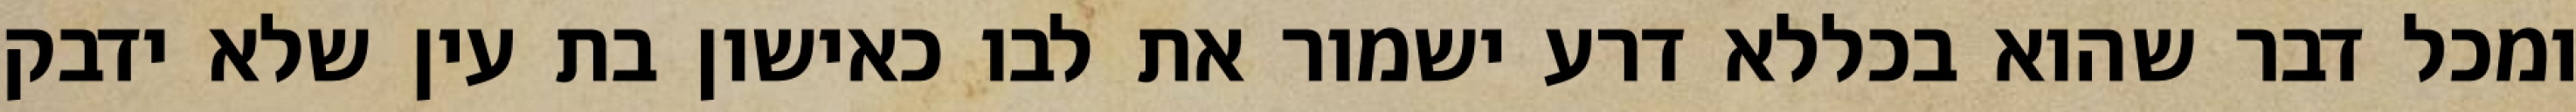
ומכל דבר שהוא בכללא דרע ישמור את לבו כאישון בת עין שלא ידבק